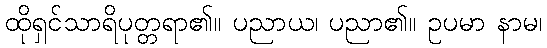
ထိုရှင်သာရိပုတ္တရာ၏။ ပညာယ၊ ပညာ၏။ ဥပမာ နာမ၊